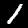
Digit: 1